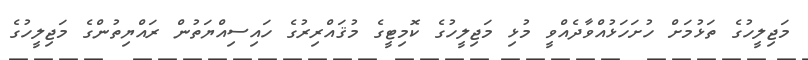
މަޖިލީހުގެ ތަޅުމަށް ހުށަހަޅުއްވާދެއްވީ މުޅި މަޖިލީހުގެ ކޮމިޓީގެ މުޤައްރިރުގެ ހައިސިއްޔަތުން ރައްޔިތުންގެ މަޖިލީހުގެ